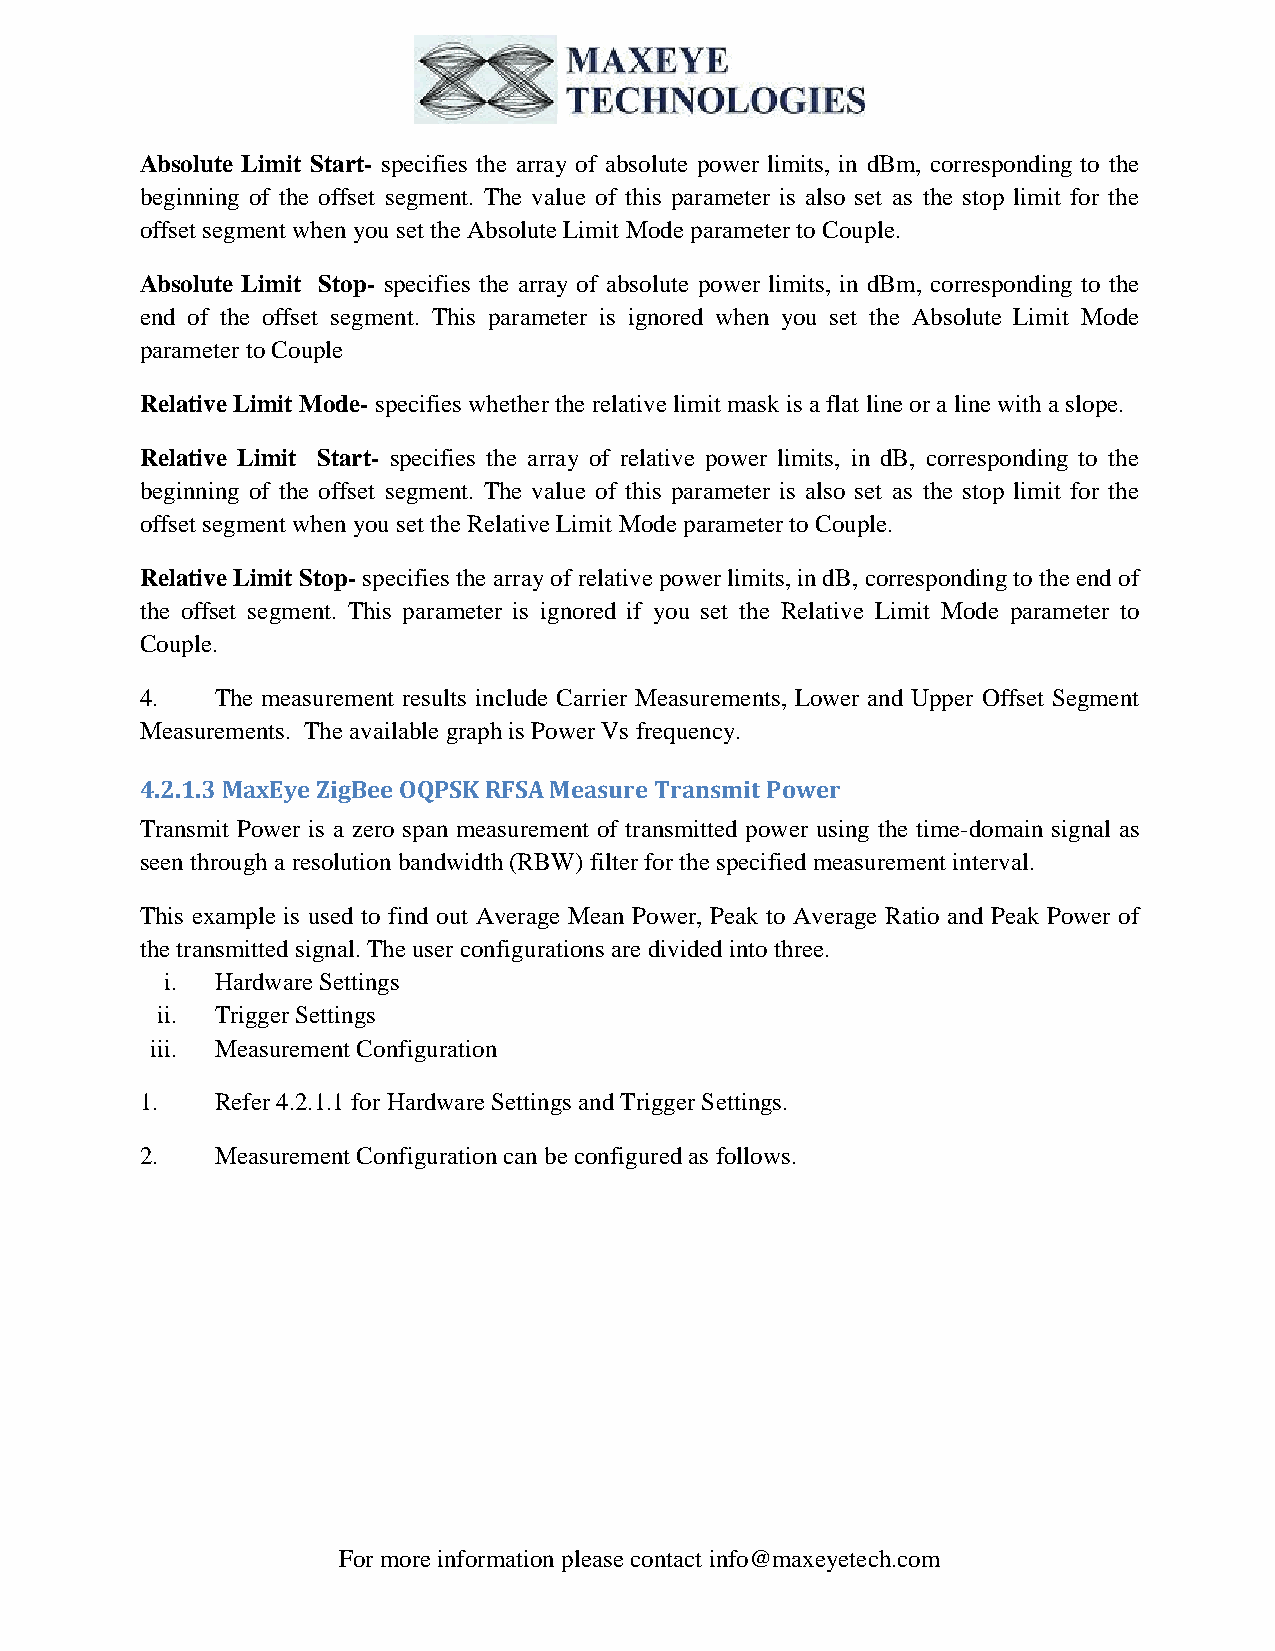
Absolute Limit Start- specifies the array of absolute power limits, in dBm, corresponding to the
 beginning of the offset segment. The value of this parameter is also set as the stop limit for the
 offset segment when you set the Absolute Limit Mode parameter to Couple.
 Absolute Limit Stop- specifies the array of absolute power limits, in dBm, corresponding to the
 end of the offset segment. This parameter is ignored when you set the Absolute Limit Mode
 parameter to Couple
 Relative Limit Mode- specifies whether the relative limit mask is a flat line or a line with a slope.
 Relative Limit Start- specifies the array of relative power limits, in dB, corresponding to the
 beginning of the offset segment. The value of this parameter is also set as the stop limit for the
 offset segment when you set the Relative Limit Mode parameter to Couple.
 Relative Limit Stop- specifies the array of relative power limits, in dB, corresponding to the end of
 the offset segment. This parameter is ignored if you set the Relative Limit Mode parameter to
 Couple.
 4.   The measurement results include Carrier Measurements, Lower and Upper Offset Segment
 Measurements. The available graph is Power Vs frequency.
 4.2.1.3 MaxEye ZigBee OQPSK RFSA Measure Transmit Power
 Transmit Power is a zero span measurement of transmitted power using the time-domain signal as
 seen through a resolution bandwidth (RBW) filter for the specified measurement interval.
 This example is used to find out Average Mean Power, Peak to Average Ratio and Peak Power of
 the transmitted signal. The user configurations are divided into three.
 i. Hardware Settings
 ii. Trigger Settings
 iii. Measurement Configuration
 1.   Refer 4.2.1.1 for Hardware Settings and Trigger Settings.
 2.   Measurement Configuration can be configured as follows.
 For more information please contact info@maxeyetech.com